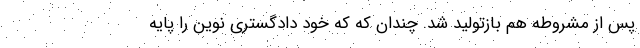
پس از مشروطه هم بازتولید شد. چندان که که خود دادگستری نوین را پایه